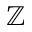
\mathbb { Z }